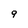
Character: 9